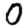
Digit: 0